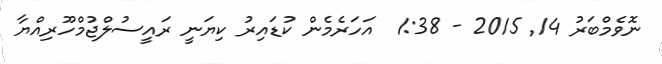
ނޮވެމްބަރު 14